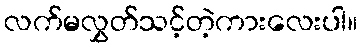
လက်မလွှတ်သင့်တဲ့ကားလေးပါ။